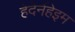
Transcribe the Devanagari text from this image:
हेदेर्नहेइम